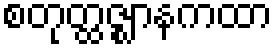
စတုတ္ထဇ္ဈာနကထာ